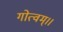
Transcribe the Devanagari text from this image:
गोत्वम्।।